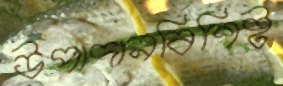
উপাদানবিশিষ্ট